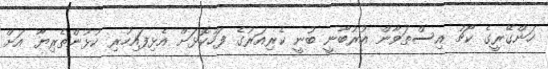
ހަންގޭރީގެ ކޯޗު އިސްތަވާން އުރުބާނީ ބުނީ ކެރިއަރުގެ ފަހުކޮޅަށް އެޅިފައިހުރި ކުޅުންތެރިޔާ އަށް